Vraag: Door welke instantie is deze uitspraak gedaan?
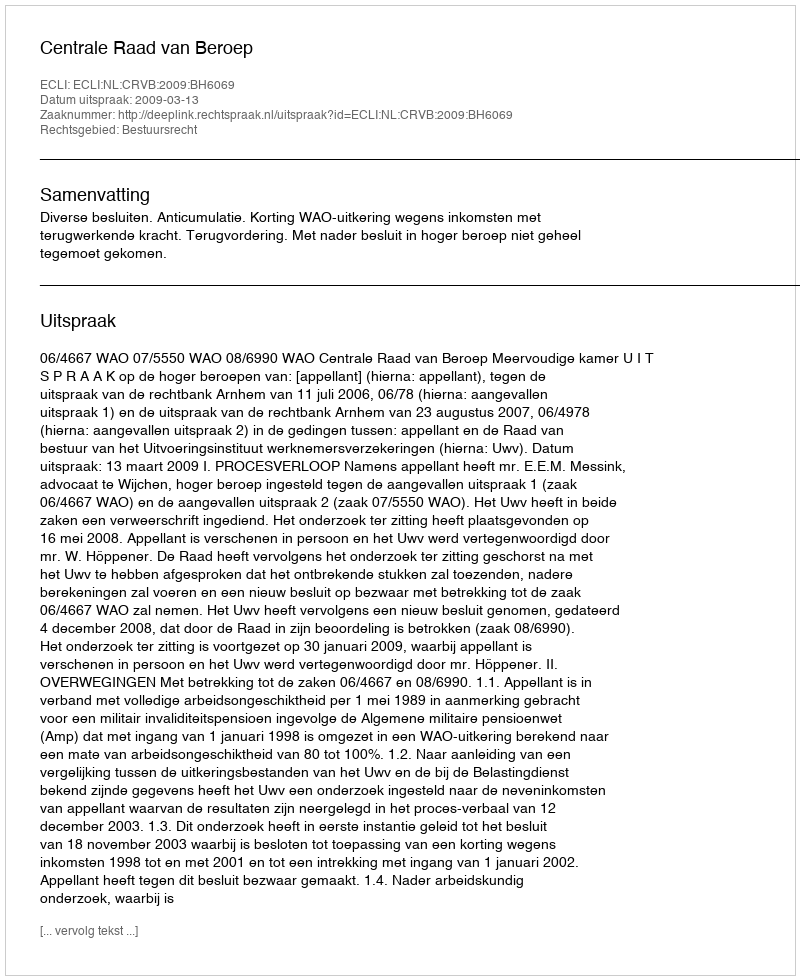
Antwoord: Centrale Raad van Beroep